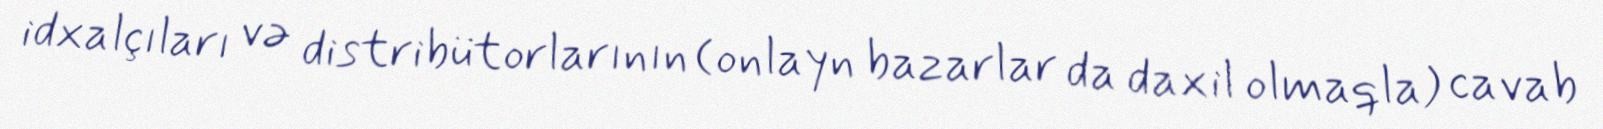
idxalçıları və distribütorlarının (onlayn bazarlar da daxil olmaqla) cavab